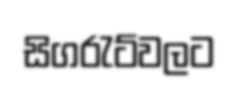
සිගරැට්වලට